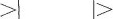
＞ ＞